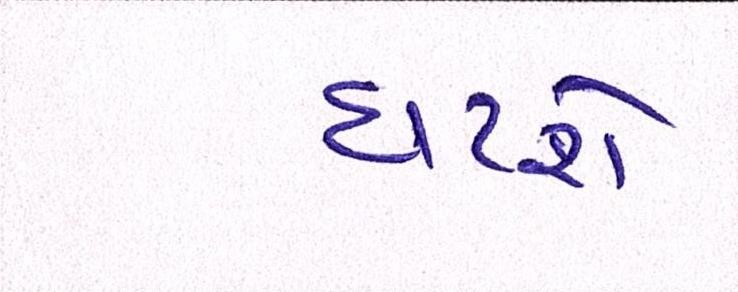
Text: ઘટશે